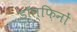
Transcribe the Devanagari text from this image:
डॉल्फ़िनों